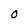
Character: O